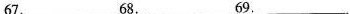
67.___68.___69.___